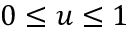
0 \leq u \leq 1